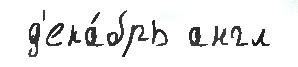
 д'ека́брь англ